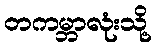
တကမ္ဘာလုံးသို့